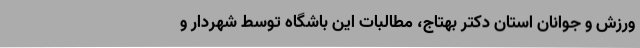
ورزش و جوانان استان دکتر بهتاج، مطالبات این باشگاه توسط شهردار و